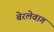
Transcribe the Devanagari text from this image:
बेरलेवाग